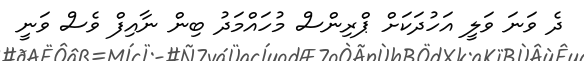
ދެ ވަނަ ވަލީ އަހުދަކަށް ޕްރިންސް މުހައްމަދު ބިން ނާއިފް ވެސް ވަނީ